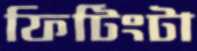
ফিটিংটা